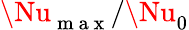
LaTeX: \Nu_{\mathrm{~m~a~x~}}/\Nu_{0}